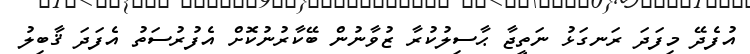
އުފެދޭ މިފަދަ ރަނގަޅު ނަތީޖާ ޙާސިލުކުރާ ޒުވާނުން ބޭކާރުނުކޮށް އެފުރުސަތު އެފަދަ ޤާބިލު